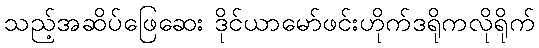
သည့်အဆိပ်ဖြေဆေး ဒိုင်ယာမော်ဖင်းဟိုက်ဒရိုကလိုရိုက်